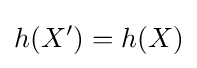
h(X')=h(X)